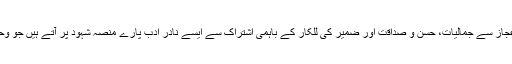
ان کے افسانوں میں اعتدال و توازن کی جو دلکش کیفیت موجود ہے اس کے اعجاز سے جمالیات، حسن و صداقت اور ضمیر کی للکار کے باہمی اشتراک سے ایسے نادر ادب پارے منصہ شہود پر آتے ہیں جو وحدت تاثر کی بدولت قاری کے ذہن کی تطہیر و تنویر کا سامان لیے ہوئے ہیں۔